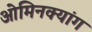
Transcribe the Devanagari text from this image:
ओमिनक्यांग